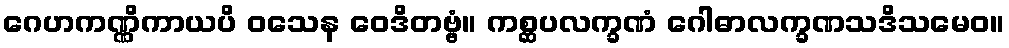
ဂေဟကဏ္ဏိကာယပိ ဝသေန ဝေဒိတဗ္ဗံ။ ကစ္ဆပလက္ခဏံ ဂေါဓာလက္ခဏသဒိသမေဝ။